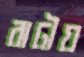
রাঢ়ীয়